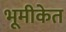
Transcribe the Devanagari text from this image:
भूमीकेत